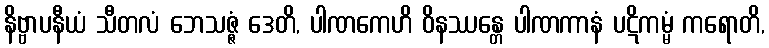
နိဗ္ဗာပနီယံ သီတလံ ဘေသဇ္ဇံ ဒေတိ, ပါဏကေဟိ ဝိနဿန္တေ ပါဏကာနံ ပဋိကမ္မံ ကရောတိ,